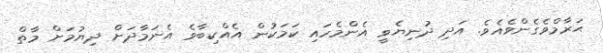
ޙަރާމްވެގެންވެއެވެ. އަދި ދުނިޔެވީ އެންމެހައި ކަމަކުން އެއްކިބާވެ އެނަމާދަށް ދިޔުމަށް މާތް